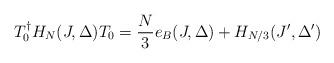
LaTeX: \begin{align*}T_0^{\dag} H_N (J,\Delta )T_0 = \frac{N}{3} e_B(J,\Delta ) + H_{N/3} (J',\Delta')\end{align*}